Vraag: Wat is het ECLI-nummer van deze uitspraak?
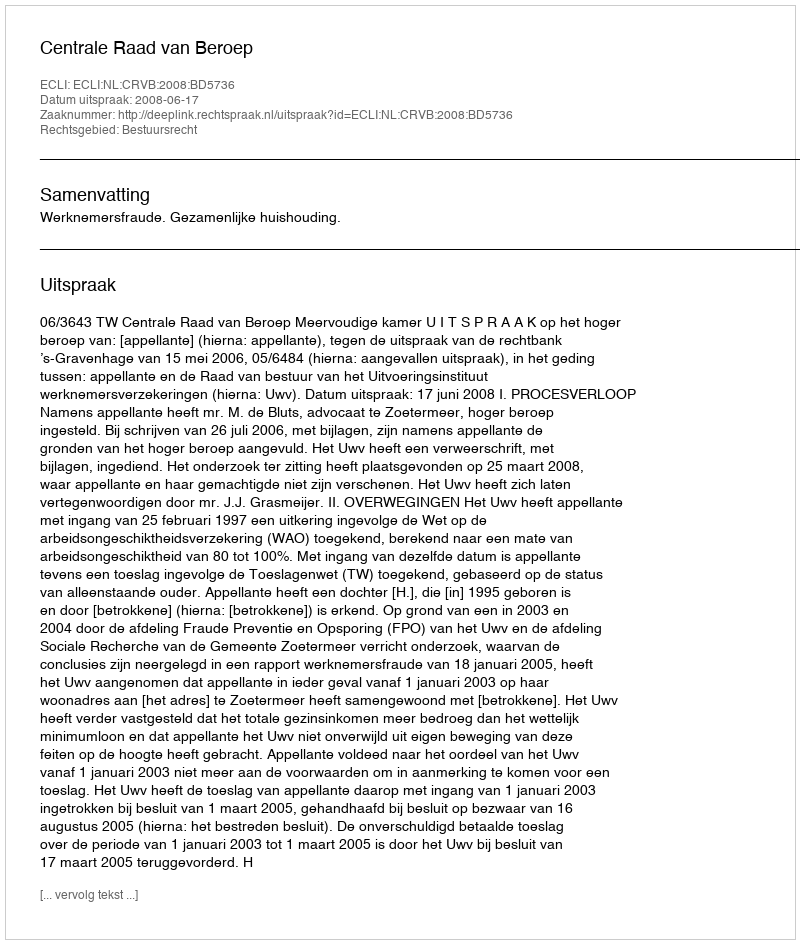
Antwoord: ECLI:NL:CRVB:2008:BD5736